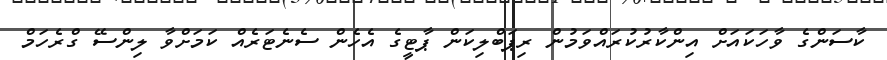
ކާސަންގެ ވާހަކައަށް އިންކާރުކުރައްވަމުން ރިޕަބްލިކަން ޕާޓީގެ އެހެން ސެނެޓަރެއް ކަމަށްވާ ލިންސޭ ގްރެހަމް